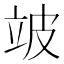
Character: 𬔜